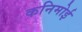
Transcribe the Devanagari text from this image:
कनिमोई